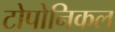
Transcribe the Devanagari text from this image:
टोपोनिकल